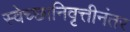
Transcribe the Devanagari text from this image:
स्वेच्छानिवृत्तीनंतर